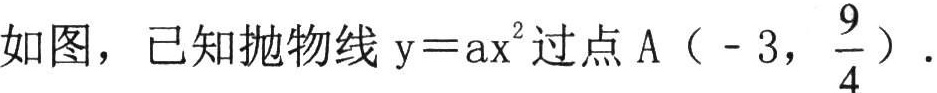
如图，已知抛物线\(y = ax^{2}\)过点\(A\left(-3,\frac{9}{4}\right)\).